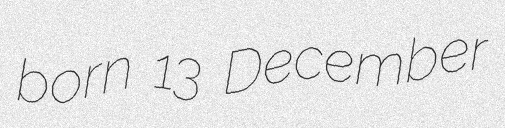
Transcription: born 13 December